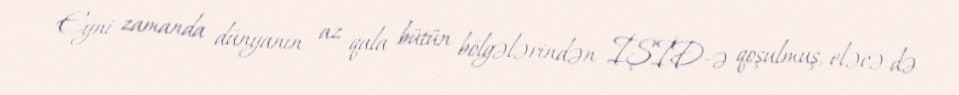
Eyni zamanda dünyanın az qala bütün bölgələrindən İŞİD-ə qoşulmuş, eləcə də